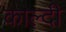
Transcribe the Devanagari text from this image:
काल्दी